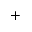
^ +